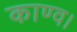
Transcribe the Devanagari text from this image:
काण्व।